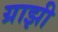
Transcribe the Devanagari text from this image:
ग्राझी